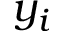
y _ { i }